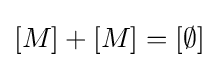
[M]+[M]=[\emptyset ]